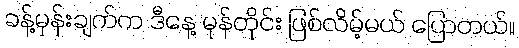
ခန့်မှန်းချက်က ဒီနေ့ မုန်တိုင်း ဖြစ်လိမ့်မယ် ပြောတယ်။